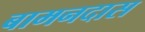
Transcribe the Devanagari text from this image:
बामनदास